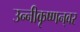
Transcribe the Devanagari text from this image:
उन्नीकृष्णन्‌वर